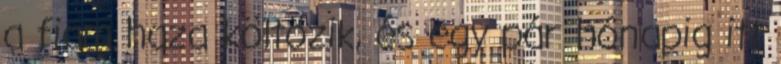
a fiam haza költözik, és egy pár hónapig itt